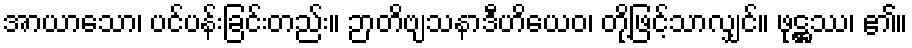
အာယာသော၊ ပင်ပန်းခြင်းတည်း။ ဉာတိဗျသနာဒီဟိယေဝ၊ တို့ဖြင့်သာလျှင်။ ဖုဋ္ဌဿ၊ ၏။